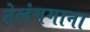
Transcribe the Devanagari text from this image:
तेलंगगाना